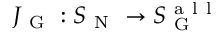
J _ { \mathrm { ~ G ~ } } : S _ { \mathrm { ~ N ~ } } \to S _ { \mathrm { ~ G ~ } } ^ { \mathrm { ~ a ~ l ~ l ~ } }